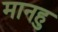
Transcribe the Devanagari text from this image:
मानहु